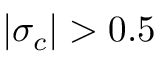
| \sigma _ { c } | > 0 . 5